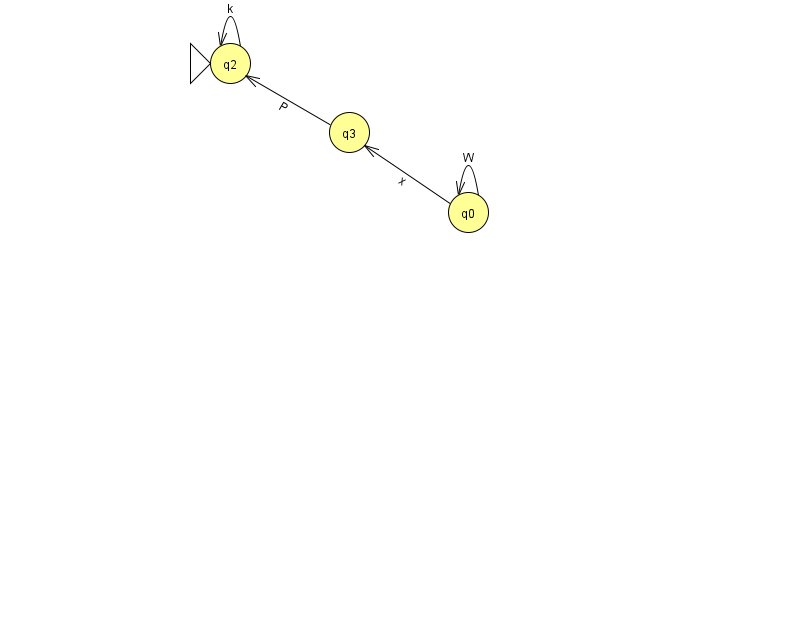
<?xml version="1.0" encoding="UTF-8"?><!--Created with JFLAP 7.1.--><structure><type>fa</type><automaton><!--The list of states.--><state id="0" name="q0"><x>468.0</x><y>199.0</y></state><state id="2" name="q2"><x>230.0</x><y>50.0</y><initial/></state><state id="3" name="q3"><x>349.0</x><y>119.0</y></state><!--The list of transitions.--><transition><from>3</from><to>2</to><read>P</read></transition><transition><from>0</from><to>3</to><read>x</read></transition><transition><from>0</from><to>0</to><read>W</read></transition><transition><from>2</from><to>2</to><read>k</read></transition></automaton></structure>